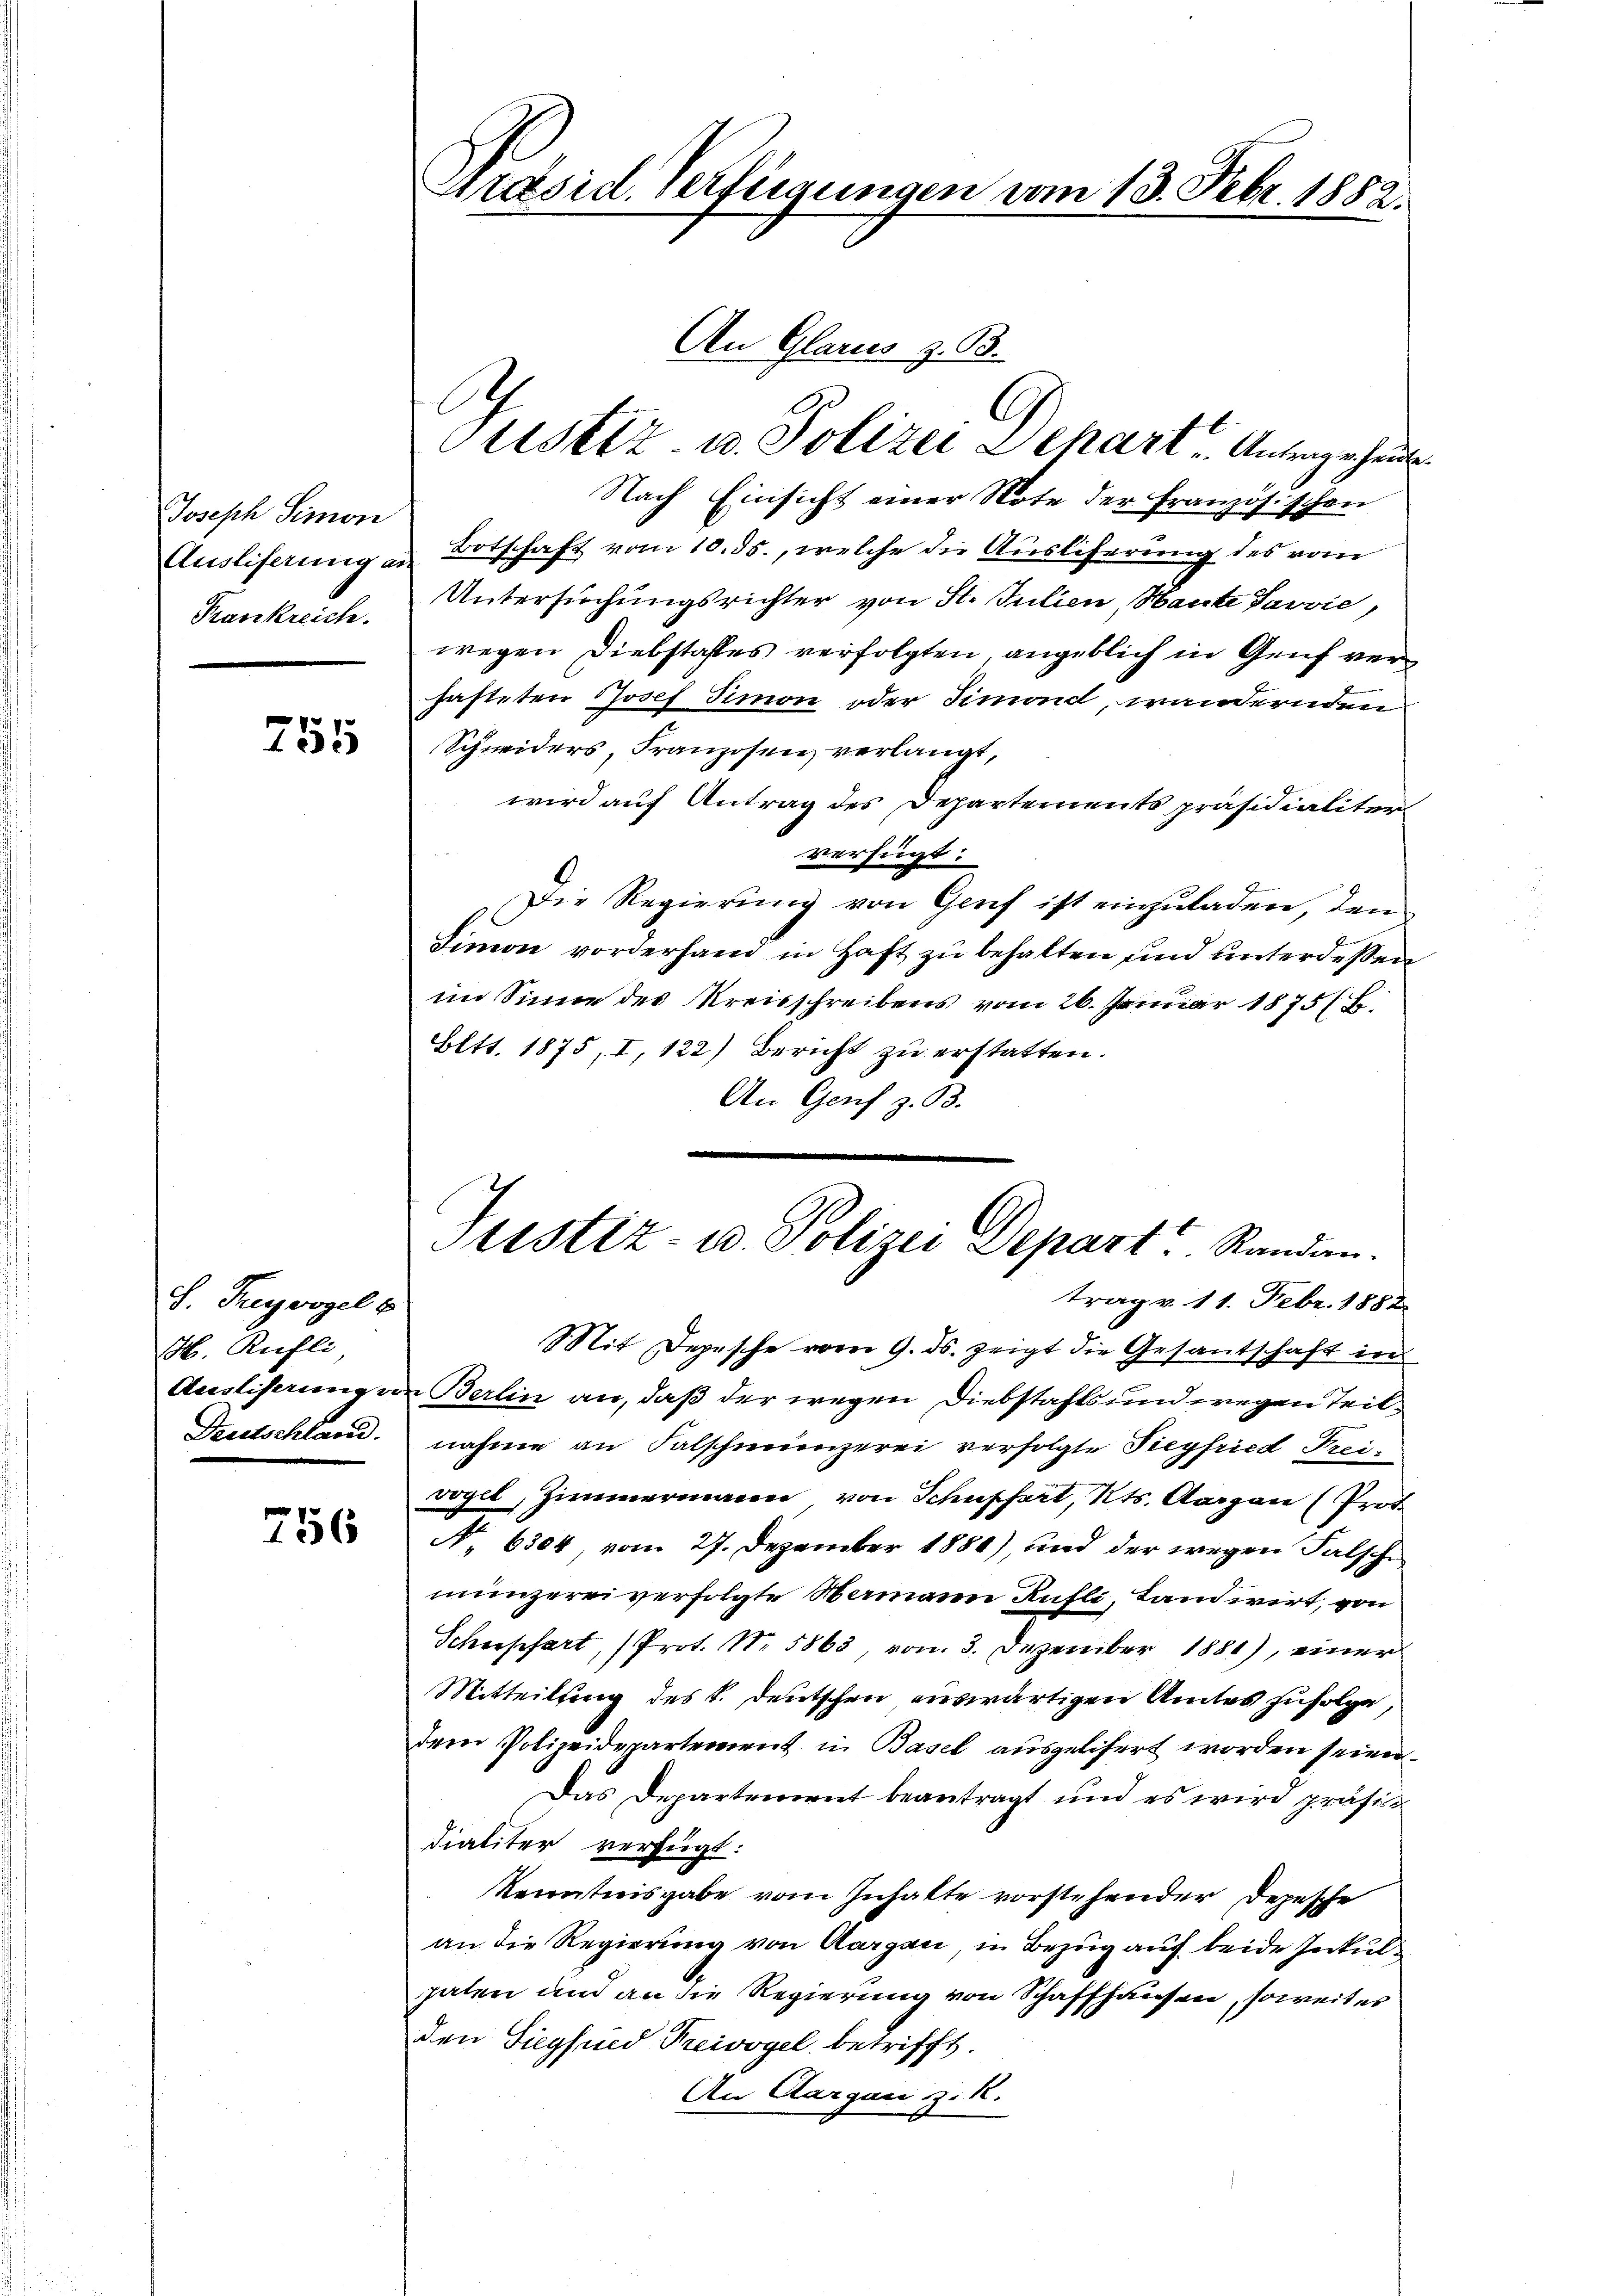
Joseph Simon
Ausliferung an
Frankreich.

2
15

S. Trugvogel b
M. Rüfli
Ausliserungen
Deutschland.

756

Präsid. Verfügungen vom 13. Febr. 1882.

An Glarus z. B.

Justiz u. Polizei Schart Antrage heute.
Nach Einsicht einer Note der französischen
Botschaft vom 10. ds., welche die Ausliferung des vom
Untersuchungsrichter von St. Julien Haute Javvić,
wegen Diebstafes verfolgten angeblich in Genf verfasteten Josef Simon oder Simond, wandernden
Schwiders, Franzosen verlangt,
wird auf Antrag des Departements präsidialiter
verfügt:
Die Regierung von Genf ist einzuladen, den
Limon vorderhand in Haft zu behalten und unterdeßen
im Sinne des Kreisschreibens vom 26. Januar 1875 B.
Eltt. 1875, I, 122) Bericht zu erstatten.
An Genf z. B.
Mit Depesche vom 9. ds. zeigt die Gesantschaft in
Berlin an, daß der wegen Diebstahls und wegen Teilnahme an Falschmunzerei verfolgte Tiegfried Freivogel, Zimmermann von Schupfert, Kts. Aargau (Prot
No 6304, vom 27. Dezember 1888), und der wegen Falsche
munzerei verfolgte Wermann Rüfli, Landwirt, von
Schupfert, (Prot. Nr. 5863, von 3. Dezember 1881), einer
Mitteilung des L. Deutschen auswärtigen Amtes zufolge,
dem Polizeidepartement in Basel ausgelisert worden seien.
Das Departement beantragt und es wird präsidialiter verfügt:
Kenntnisgabe vom Inhalte vorstehender Depesche
an die Regierung von Aargau, in Bezug auf beide Inkulpaten und an die Regierung von Schaffhausen, soweit es
den Siegfued Treivogel betrifft.
An Aargau z. R.

C

Justiz- u. Polizei Depart Randan
trag v. 11. Febr. 1882.